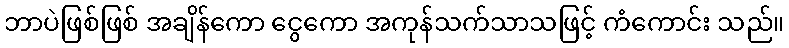
ဘာပဲဖြစ်ဖြစ် အချိန်ကော ငွေကော အကုန်သက်သာသဖြင့် ကံကောင်း သည်။